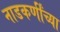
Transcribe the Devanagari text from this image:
नाडकर्णींच्या